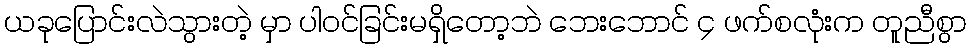
ယခုပြောင်းလဲသွားတဲ့ မှာ ပါဝင်ခြင်းမရှိတော့ဘဲ ဘေးဘောင် ၄ ဖက်စလုံးက တူညီစွာ